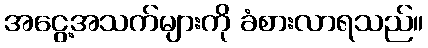
အငွေ့အသက်များကို ခံစားလာရသည်။